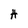
Character: H